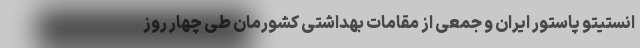
انستیتو پاستور ایران و جمعی از مقامات بهداشتی کشورمان طی چهار روز